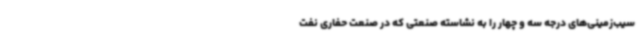
سیب‌زمینی‌های درجه سه و چهار را به نشاسته صنعتی که در صنعت حفاری نفت